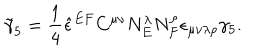
LaTeX: { \tilde { \gamma } _ { 5 } } = \frac 1 4 { \hat { \epsilon } } ^ { E F } C ^ { \mu \nu } N _ { E } ^ { \lambda } N _ { F } ^ { \rho } \epsilon _ { \mu \nu \lambda \rho } \gamma _ { 5 } .